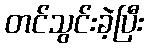
တင်သွင်းခဲ့ပြီး